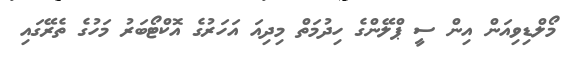
މޯލްޑިވިއަން އިން ސީ ޕްލޭންގެ ހިދުމަތް މިދިއަ އަހަރުގެ އޮކްޓޯބަރު މަހުގެ ތެރޭގައި